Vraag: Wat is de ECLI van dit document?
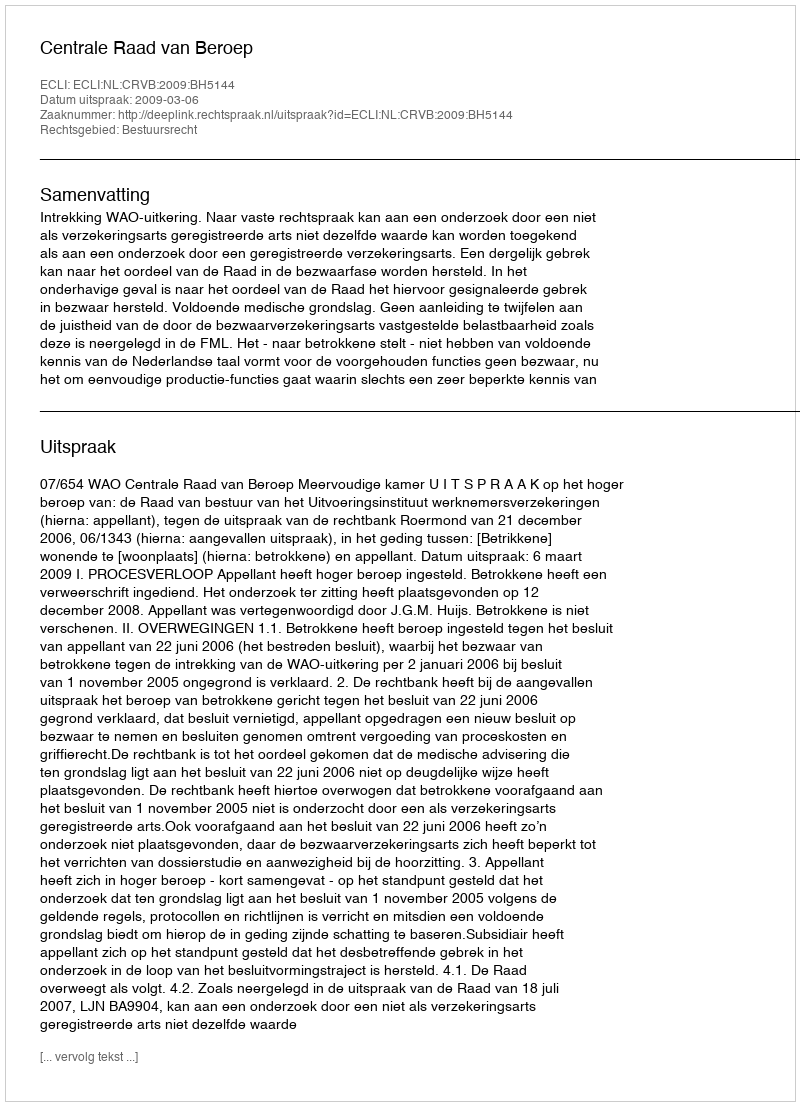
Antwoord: ECLI:NL:CRVB:2009:BH5144